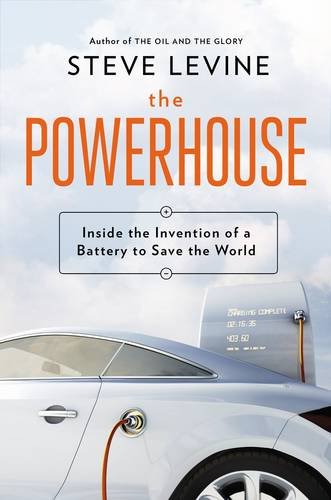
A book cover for The Powerhouse: Inside the Invention of a Battery to Save the World; Steve Levine; Engineering & Transportation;